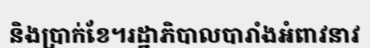
និងប្រាក់ខែ។រដ្ឋាភិបាលបារាំងអំពាវនាវ